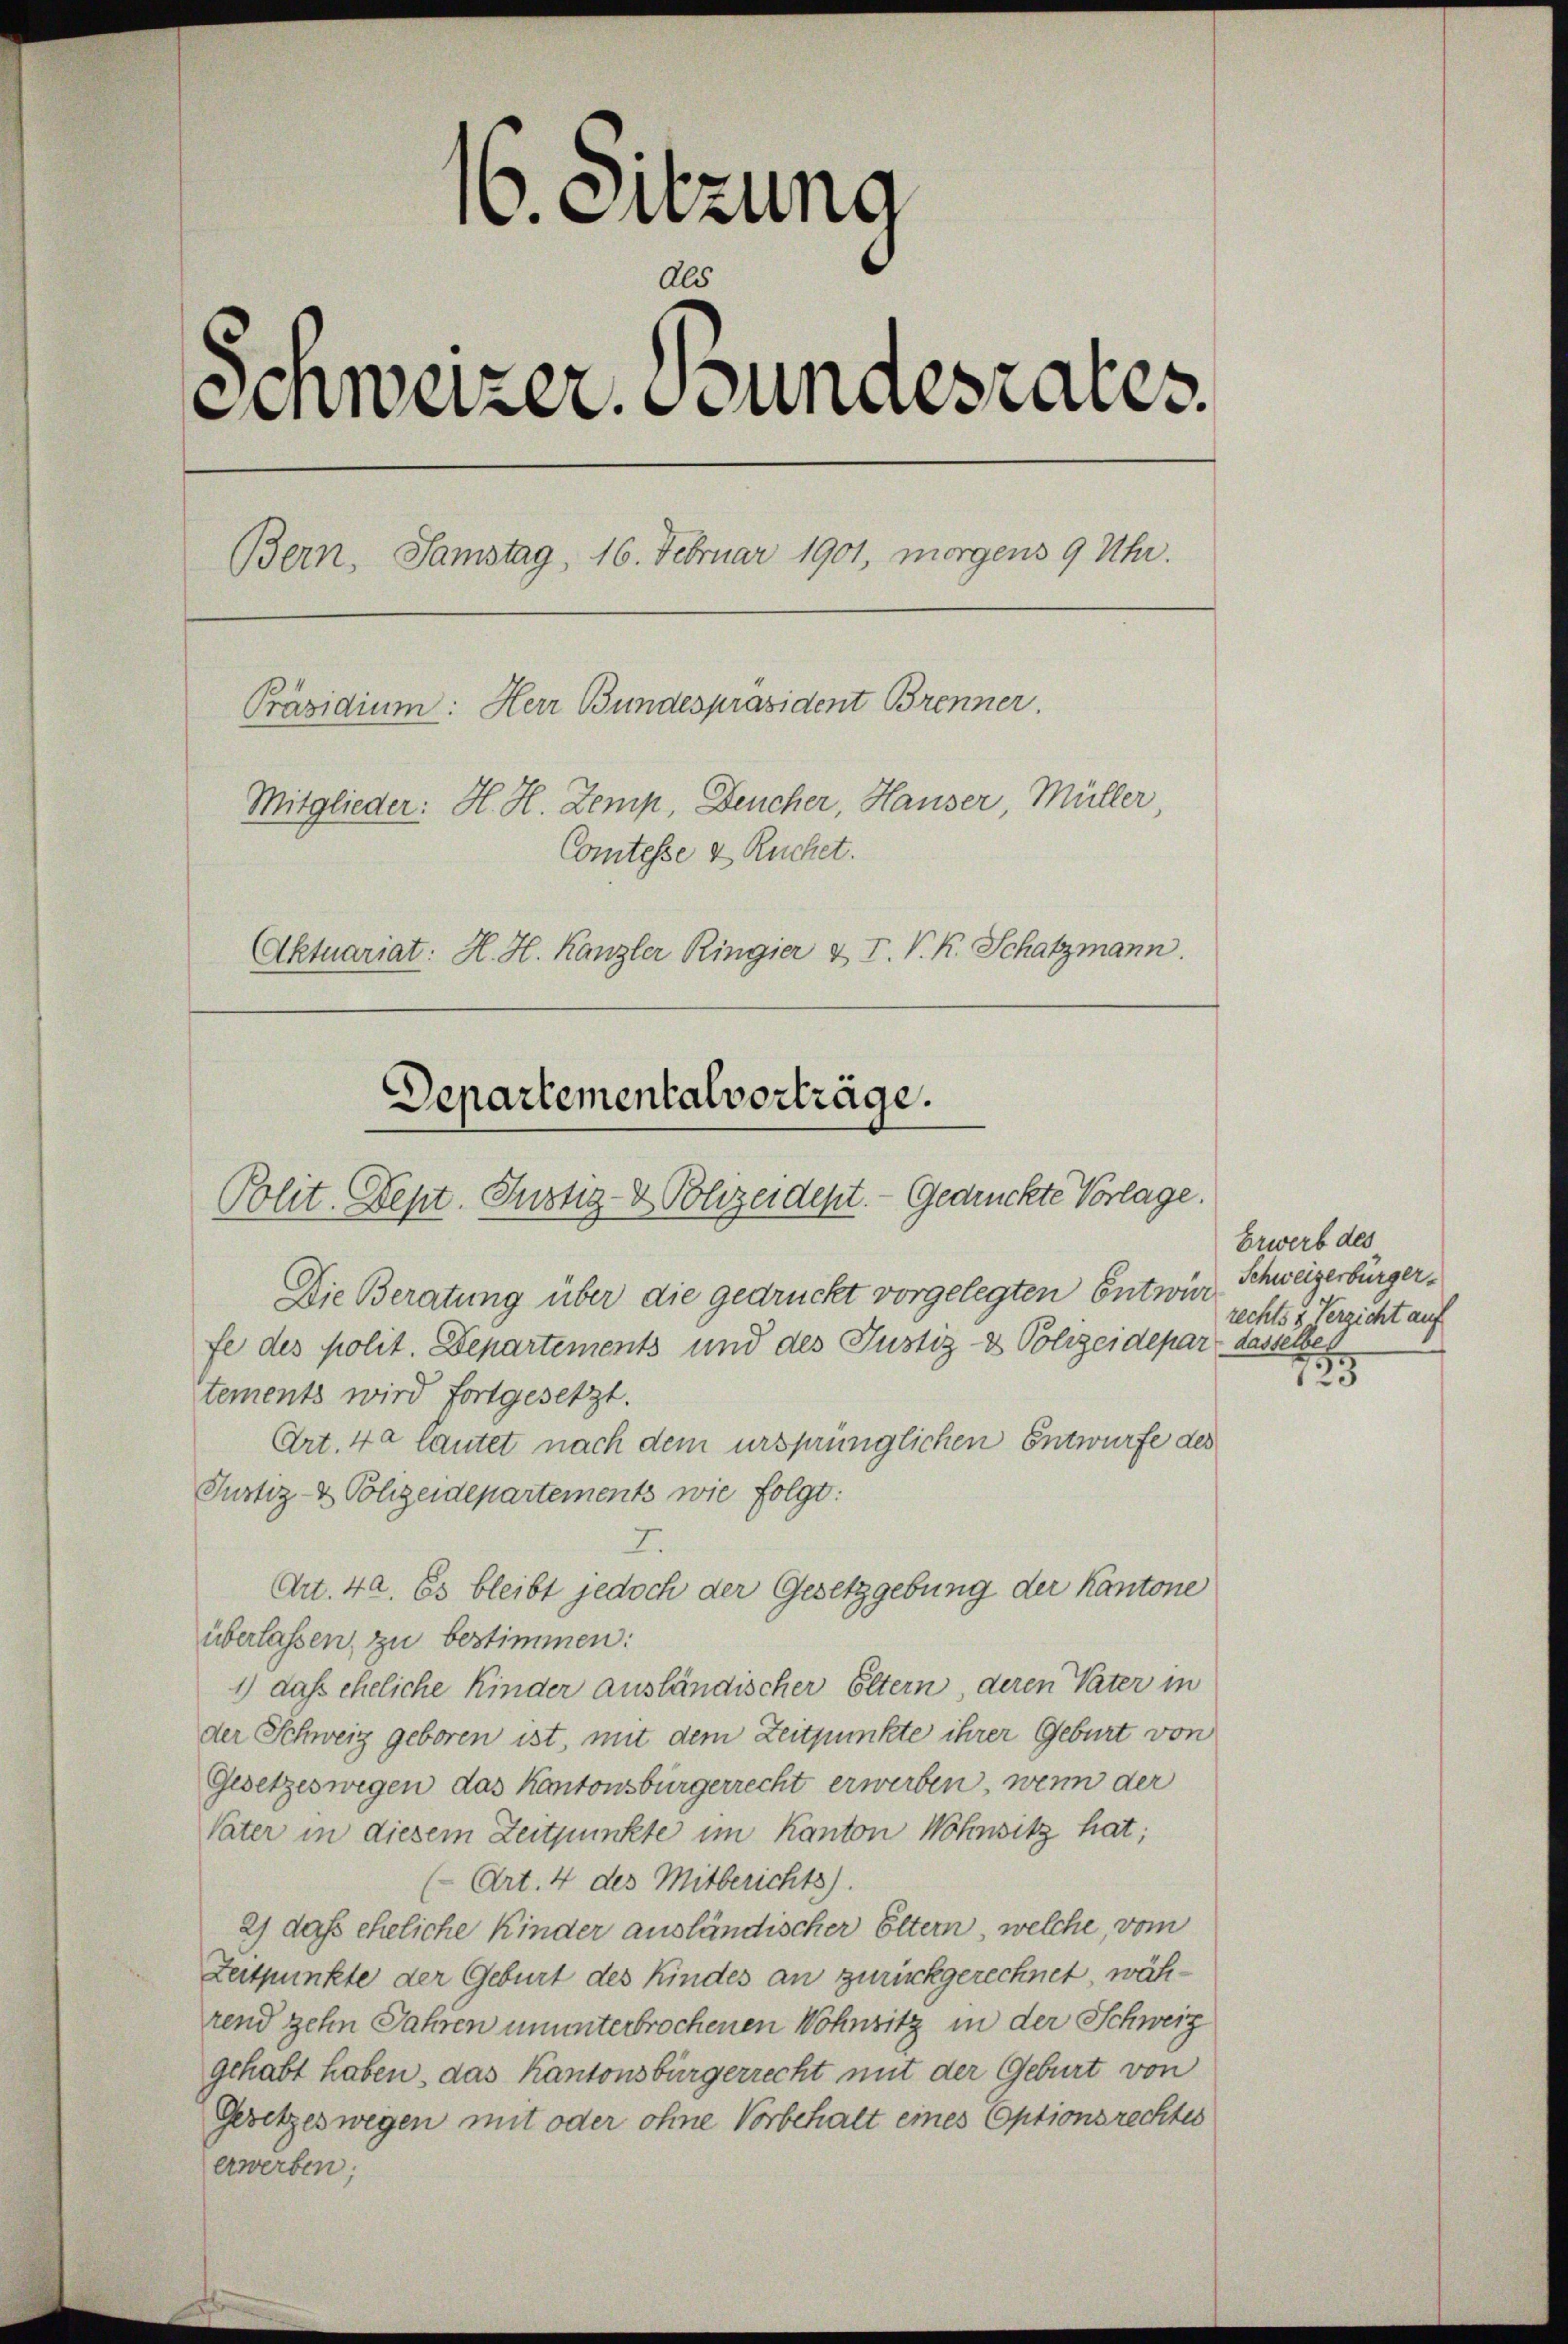
16. Sitzung
Als
Einweizer. Bundesrates.
Bern, Samstag, 16. Februar 1901, morgens 9 Uhr.
Präsidium: Herr Bundespräsident Brenner.
Mitglieder: H. H. Zemp, Deucher, Hauser, Müller,
Comtesse & Ruchet.
Aktuariat: H. H. Kanzler Ringier & J. V. R. Schatzmann.

Departementalvorträge.
Polit. Sept. Justiz- & Polizeidept. - Gedrückte Vorlage.

Die Beratung über die gedruckt vorgelegten Entwur Schweizerbürgerfe des polit. Departements und des Justiz- & Polizeidepar dasselber
tements wird fortgesetzt.
Art. 40 lautet nach dem ursprünglichen Entwurfe des
Justiz- & Polizeidepartements wie folgt:
7
Art. 42. Es bleibt jedoch der Gesetzgebung der Kantone
überlassen, zu bestimmen:
1) das eheliche Kinder ausländischer Eltern, deren Vater in
der Schweiz geboren ist, mit dem Zeitpunkte ihrer Geburt von
Gesetzeswegen das Kantonsbürgerrecht erwerben, wenn der
Vater in diesem Zeitpunkte im Kanton Wohnsitz hat;
(Art. 4 des Mitberichts).
2) das eheliche Kinder ausländischer Eltern, welche, vom
Zeitpunkte der Geburt des Kindes an zurückgerechnet, während zehn Jahren ununterbrochenen Wohnsitz in der Schweiz
gehabt haben, das Kantonsbürgerrecht mit der Geburt von
Gesetzeswegen mit oder ohne Vorbehalt eines Optionsrechtes
erwerben;

Erwerb des
rechts & Verzicht auf
75